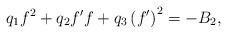
LaTeX: \begin{align*}q_{1}f^{2}+q_{2}f^{\prime }f+q_{3}\left( f^{\prime }\right) ^{2}=-B_{2}, \end{align*}